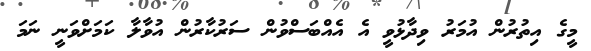
މީގެ އިތުރުން އުމަރު ވިދާޅުވީ އެ އެއްބަސްވުން ސަރުކާރުން އުވާލާ ކަމަށްވަނީ ނަމަ